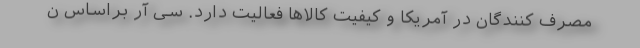
مصرف کنندگان در آمریکا و کیفیت کالاها فعالیت دارد. سی آر براساس ن